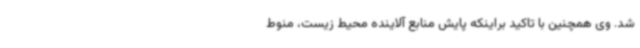
شد. وی همچنین با تاکید براینکه پایش منابع آلاینده محیط زیست، منوط